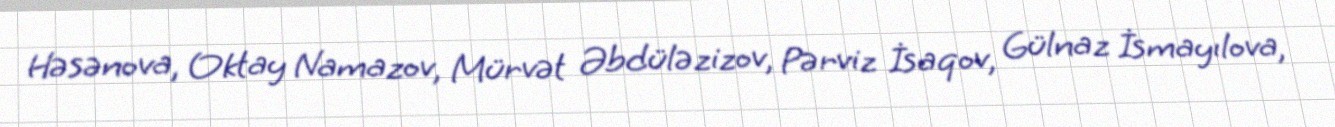
Həsənova, Oktay Namazov, Mürvət Əbdüləzizov, Pərviz İsaqov, Gülnaz İsmayılova,